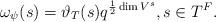
LaTeX: \begin{align*}\omega_\psi(s) = \vartheta_T(s) q^{\frac{1}{2}\dim V^s},s\in T^F.\end{align*}